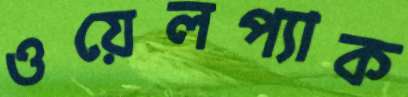
ওয়েলপ্যাক